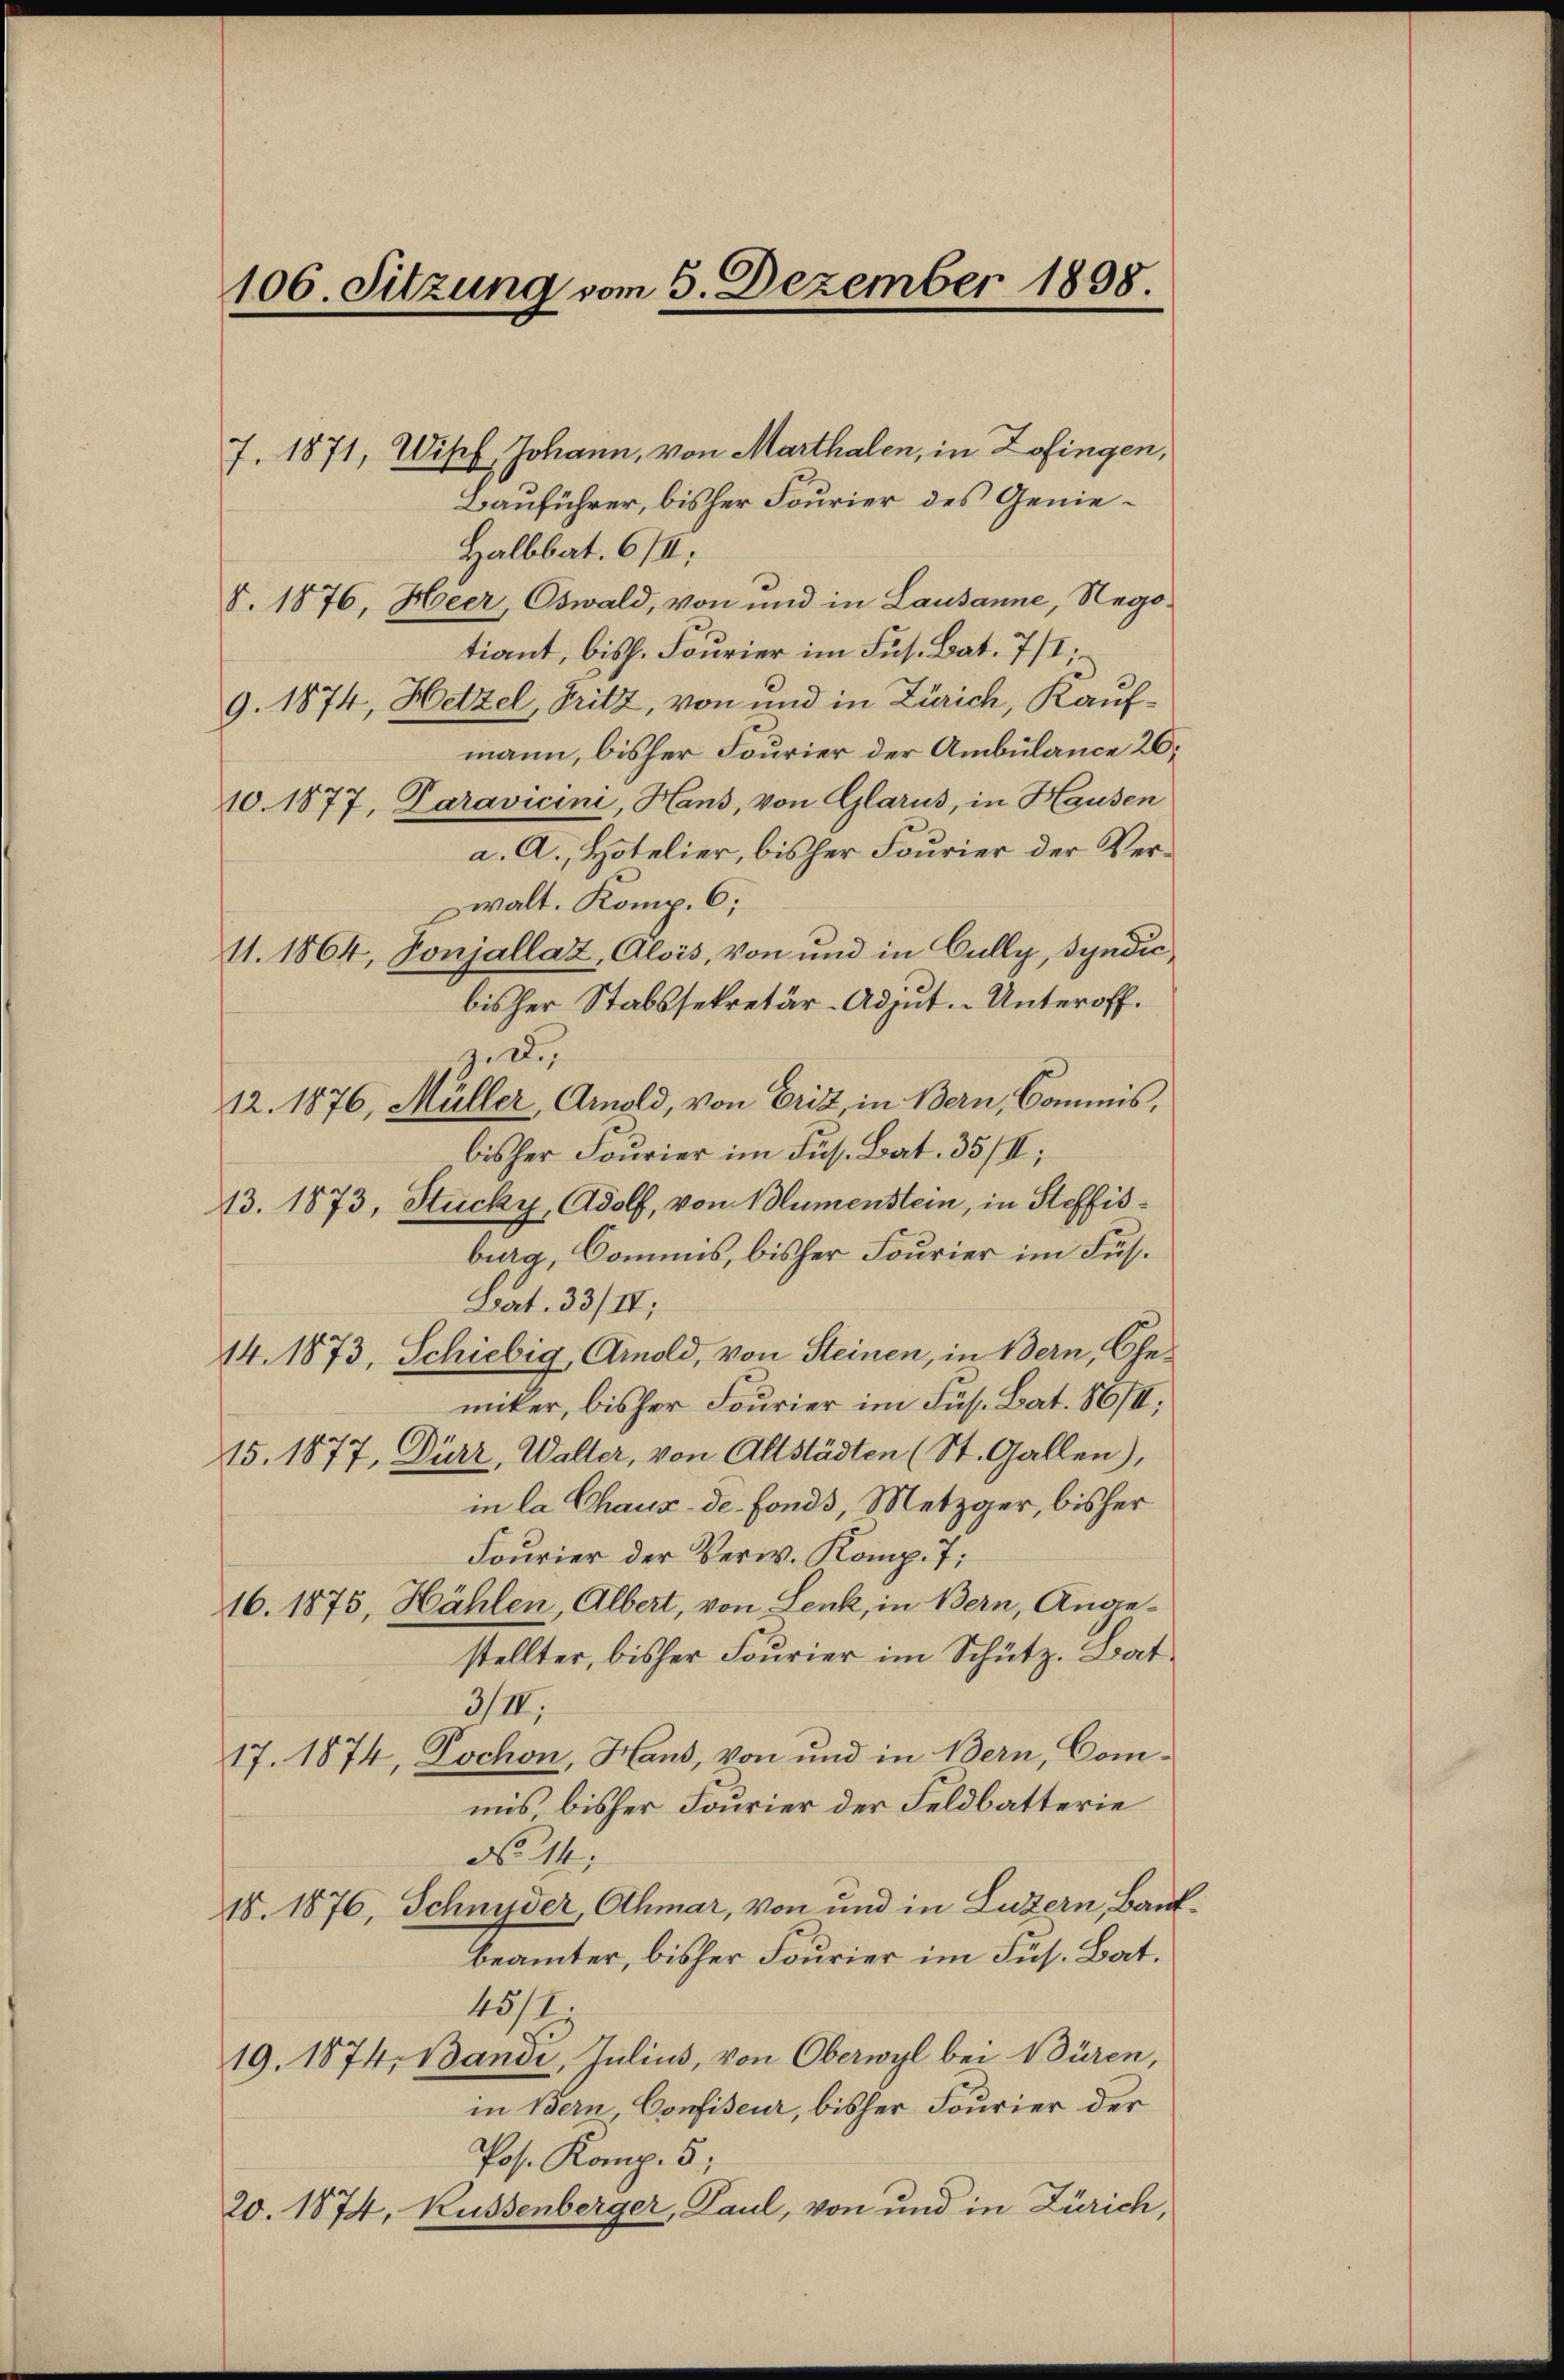
7. 1871, Wisch Johann, von Marthalen, in Zofingen,
Bauführer, bisher Fourier des Genie¬
Halbbat. 678;
V. 1876, Heer, Oswald, von und in Lausanne, Negotiant, bish. Fourier im Fus. Bat. 7/1;
9. 1874, Hetzel, Fritz, von und in Zürich, Kaufmann, bisher Fourier der Ambülance 20
10.1877, Paravicini, Hans, von Glarus, in Hausen
a. A., Hotelier, bisher Fourier der Verwalt. Komp. 6;
11. 1864, Tonjallaz, Alois, von und in Cully, Syndic
bisher Stabssekretär-Adjut. - Unteroff.
z. de
12. 1876, Müller, Arnold, von Erit, in Bern, Commis,
bisher Fourier im Jus. Bat. 35/I;
13. 1873, Stucky, Adolf, von Blumenstein, in Steffisburg, Domins, bisher Fourier im Fus¬
Lat. 33/II
14. 1873, Schiebig, Arnold, von Steinen, in Bern, Gemiker, bisher Fourier im Fus. Bat. 86/II,
15. 1877, Dürz, Walter, von Altstädten (St. Gallen),
in la Chaux-de-Fonds, Metzger, bisher
Fourier der Verw. Komp. 7:
16. 1875, Hählen, Albert, von Lenk, in Bern, Angestellter, bisher Fourier im Schütz, Bat
3/II.
17. 1874, Dochon, Hand, von und in Bern, Commis, bisher Fourier der Feldbatterie
No 44.
18. 1876, Schmider Othmar, von und in Luzern, Bankbeämter, bisher Fourier im Fus. Bat.
45/7.
19. 1874, Bandi, Julius, von Oberwyl bei Büren,
in Bern Confiseur, bisher Fourier der
Pos. Komp. 5;
20. 1874, Küssenberger, Paul, von und in Zürich,

106. Sitzung vom 5. Dezember 1838